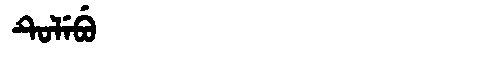
Manchu: ᡨᡠᠯᡝᠪᡠ
Romanization: TULEBU